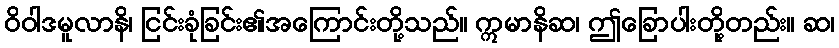
ဝိဝါဒမူလာနိ၊ ငြင်းခုံခြင်း၏အကြောင်းတို့သည်။ ဣမာနိဆ၊ ဤခြောပါးတို့တည်း။ ဆ၊